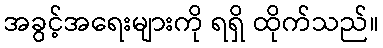
အခွင့်အရေးများကို ရရှိ ထိုက်သည်။